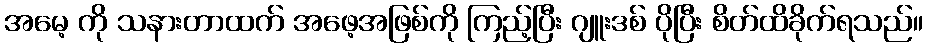
အမေ့ ကို သနားတာထက် အဖေ့အဖြစ်ကို ကြည့်ပြီး ဂျူးဒစ် ပိုပြီး စိတ်ထိခိုက်ရသည်။